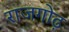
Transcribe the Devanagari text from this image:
राजगोढ़